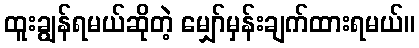
ထူးချွန်ရမယ်ဆိုတဲ့ မျှော်မှန်းချက်ထားရမယ်။